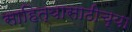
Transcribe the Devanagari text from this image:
साहित्यासाठीच्या